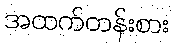
အထက်တန်းစား